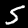
Label: 5